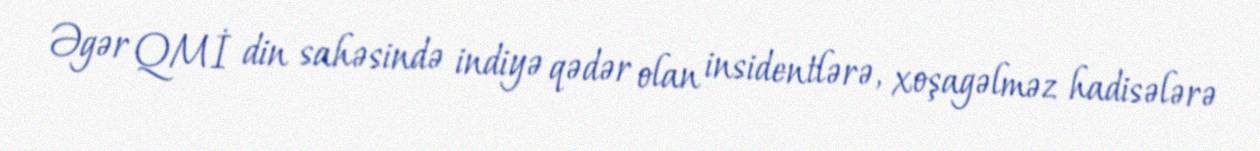
Əgər QMİ din sahəsində indiyə qədər olan insidentlərə, xoşagəlməz hadisələrə